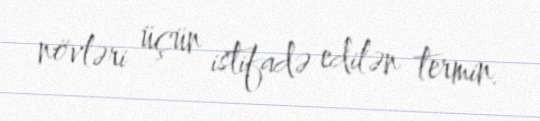
növləri üçün istifadə edilən termin.